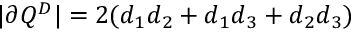
| \partial Q ^ { D } | = 2 ( d _ { 1 } d _ { 2 } + d _ { 1 } d _ { 3 } + d _ { 2 } d _ { 3 } )